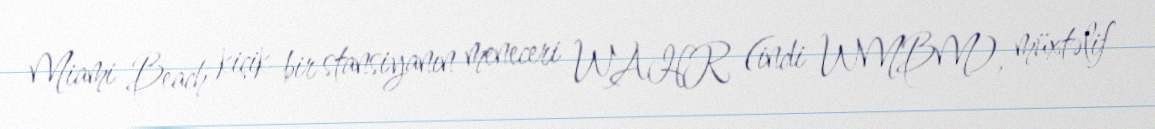
Miami Beach kiçik bir stansiyanın meneceri WAHR (indi WMBM), müxtəlif